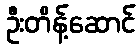
ဦးတိန့်ဆောင်